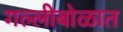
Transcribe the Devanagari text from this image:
गल्लीबोळात